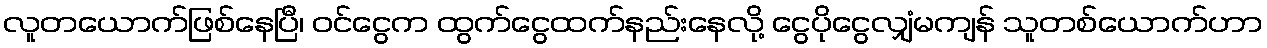
လူတယောက်ဖြစ်နေပြီ၊ ဝင်ငွေက ထွက်ငွေထက်နည်းနေလို့ ငွေပိုငွေလျှံမကျန် သူတစ်ယောက်ဟာ